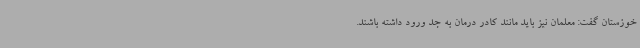
خوزستان گفت: معلمان نیز باید مانند کادر درمان به جد ورود داشته باشند.